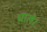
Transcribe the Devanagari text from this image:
घाले।